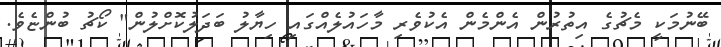
ބޭނުމަކީ މެޗުގެ އިތުރުން އެންމެން އެކުވެރި މާހައުލެއްގައި ހިޔާލު ބަދަލުކޮށްލުން" ކޯޗު ބުންޏެވެ.